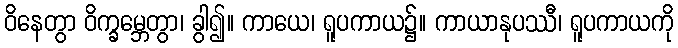
ဝိနေတွာ ဝိက္ခမ္ဘေတွာ၊ ခွါ၍။ ကာယေ၊ ရူပကာယ၌။ ကာယာနုပဿီ၊ ရူပကာယကို